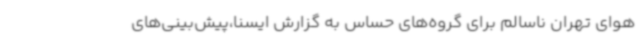
هوای تهران ناسالم برای گروه‌های حساس به گزارش ایسنا،پیش‌بینی‌های